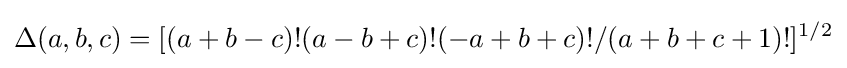
\Delta (a,b,c)=[(a+b-c)!(a-b+c)!(-a+b+c)!/(a+b+c+1)!]^{1/2}